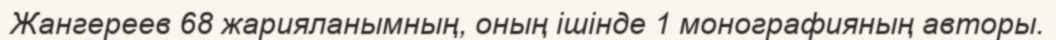
Жангереев 68 жарияланымның, оның ішінде 1 монографияның авторы.